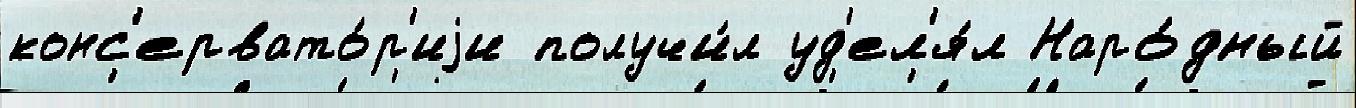
конс'ервато́р'иjи получи́л уд'ел'я́л Наро́дный